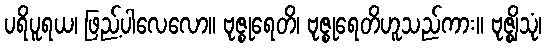
ပရိပူရယ၊ ဖြည့်ပါလေလော။ ဗုဇ္စုရေတိ၊ ဗုဇ္စုရေတိဟူသည်ကား။ ဗုဇ္ဈိသုံ၊